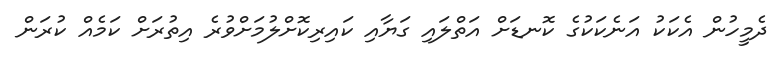
ދެމީހުން އެކަކު އަނެކަކުގެ ކޮނޑަށް އަތްލައި ގަަޔާއި ކައިރިކޮށްލުމަށްވުރެ އިތުރަށް ކަމެއް ކުރަން